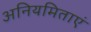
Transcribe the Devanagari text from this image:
अनियमिताएं